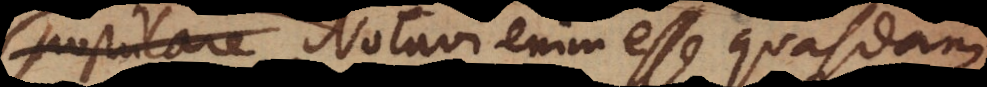
est. Notavi enim esse quasdam